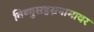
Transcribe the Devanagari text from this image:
विष्णुसहस्रनामावर